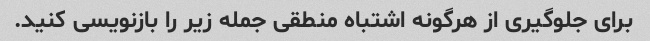
برای جلوگیری از هرگونه اشتباه منطقی جمله زیر را بازنویسی کنید.